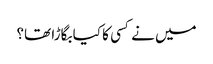
میں نے کسی کا کیا بگاڑا تھا؟